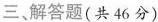
三、解答题(共 46 分)